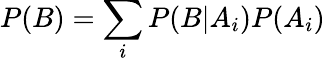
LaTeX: P(B)=\sum_{i}{P(B|A_{i})P(A_{i})}